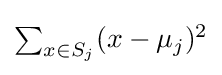
{\textstyle \sum _{x\in S_{j}}(x-\mu _{j})^{2}}